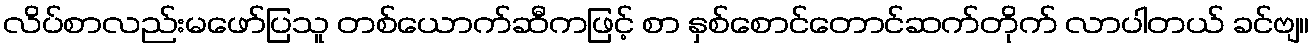
လိပ်စာလည်းမဖော်ပြသူ တစ်ယောက်ဆီကဖြင့် စာ နှစ်စောင်တောင်ဆက်တိုက် လာပါတယ် ခင်ဗျ။